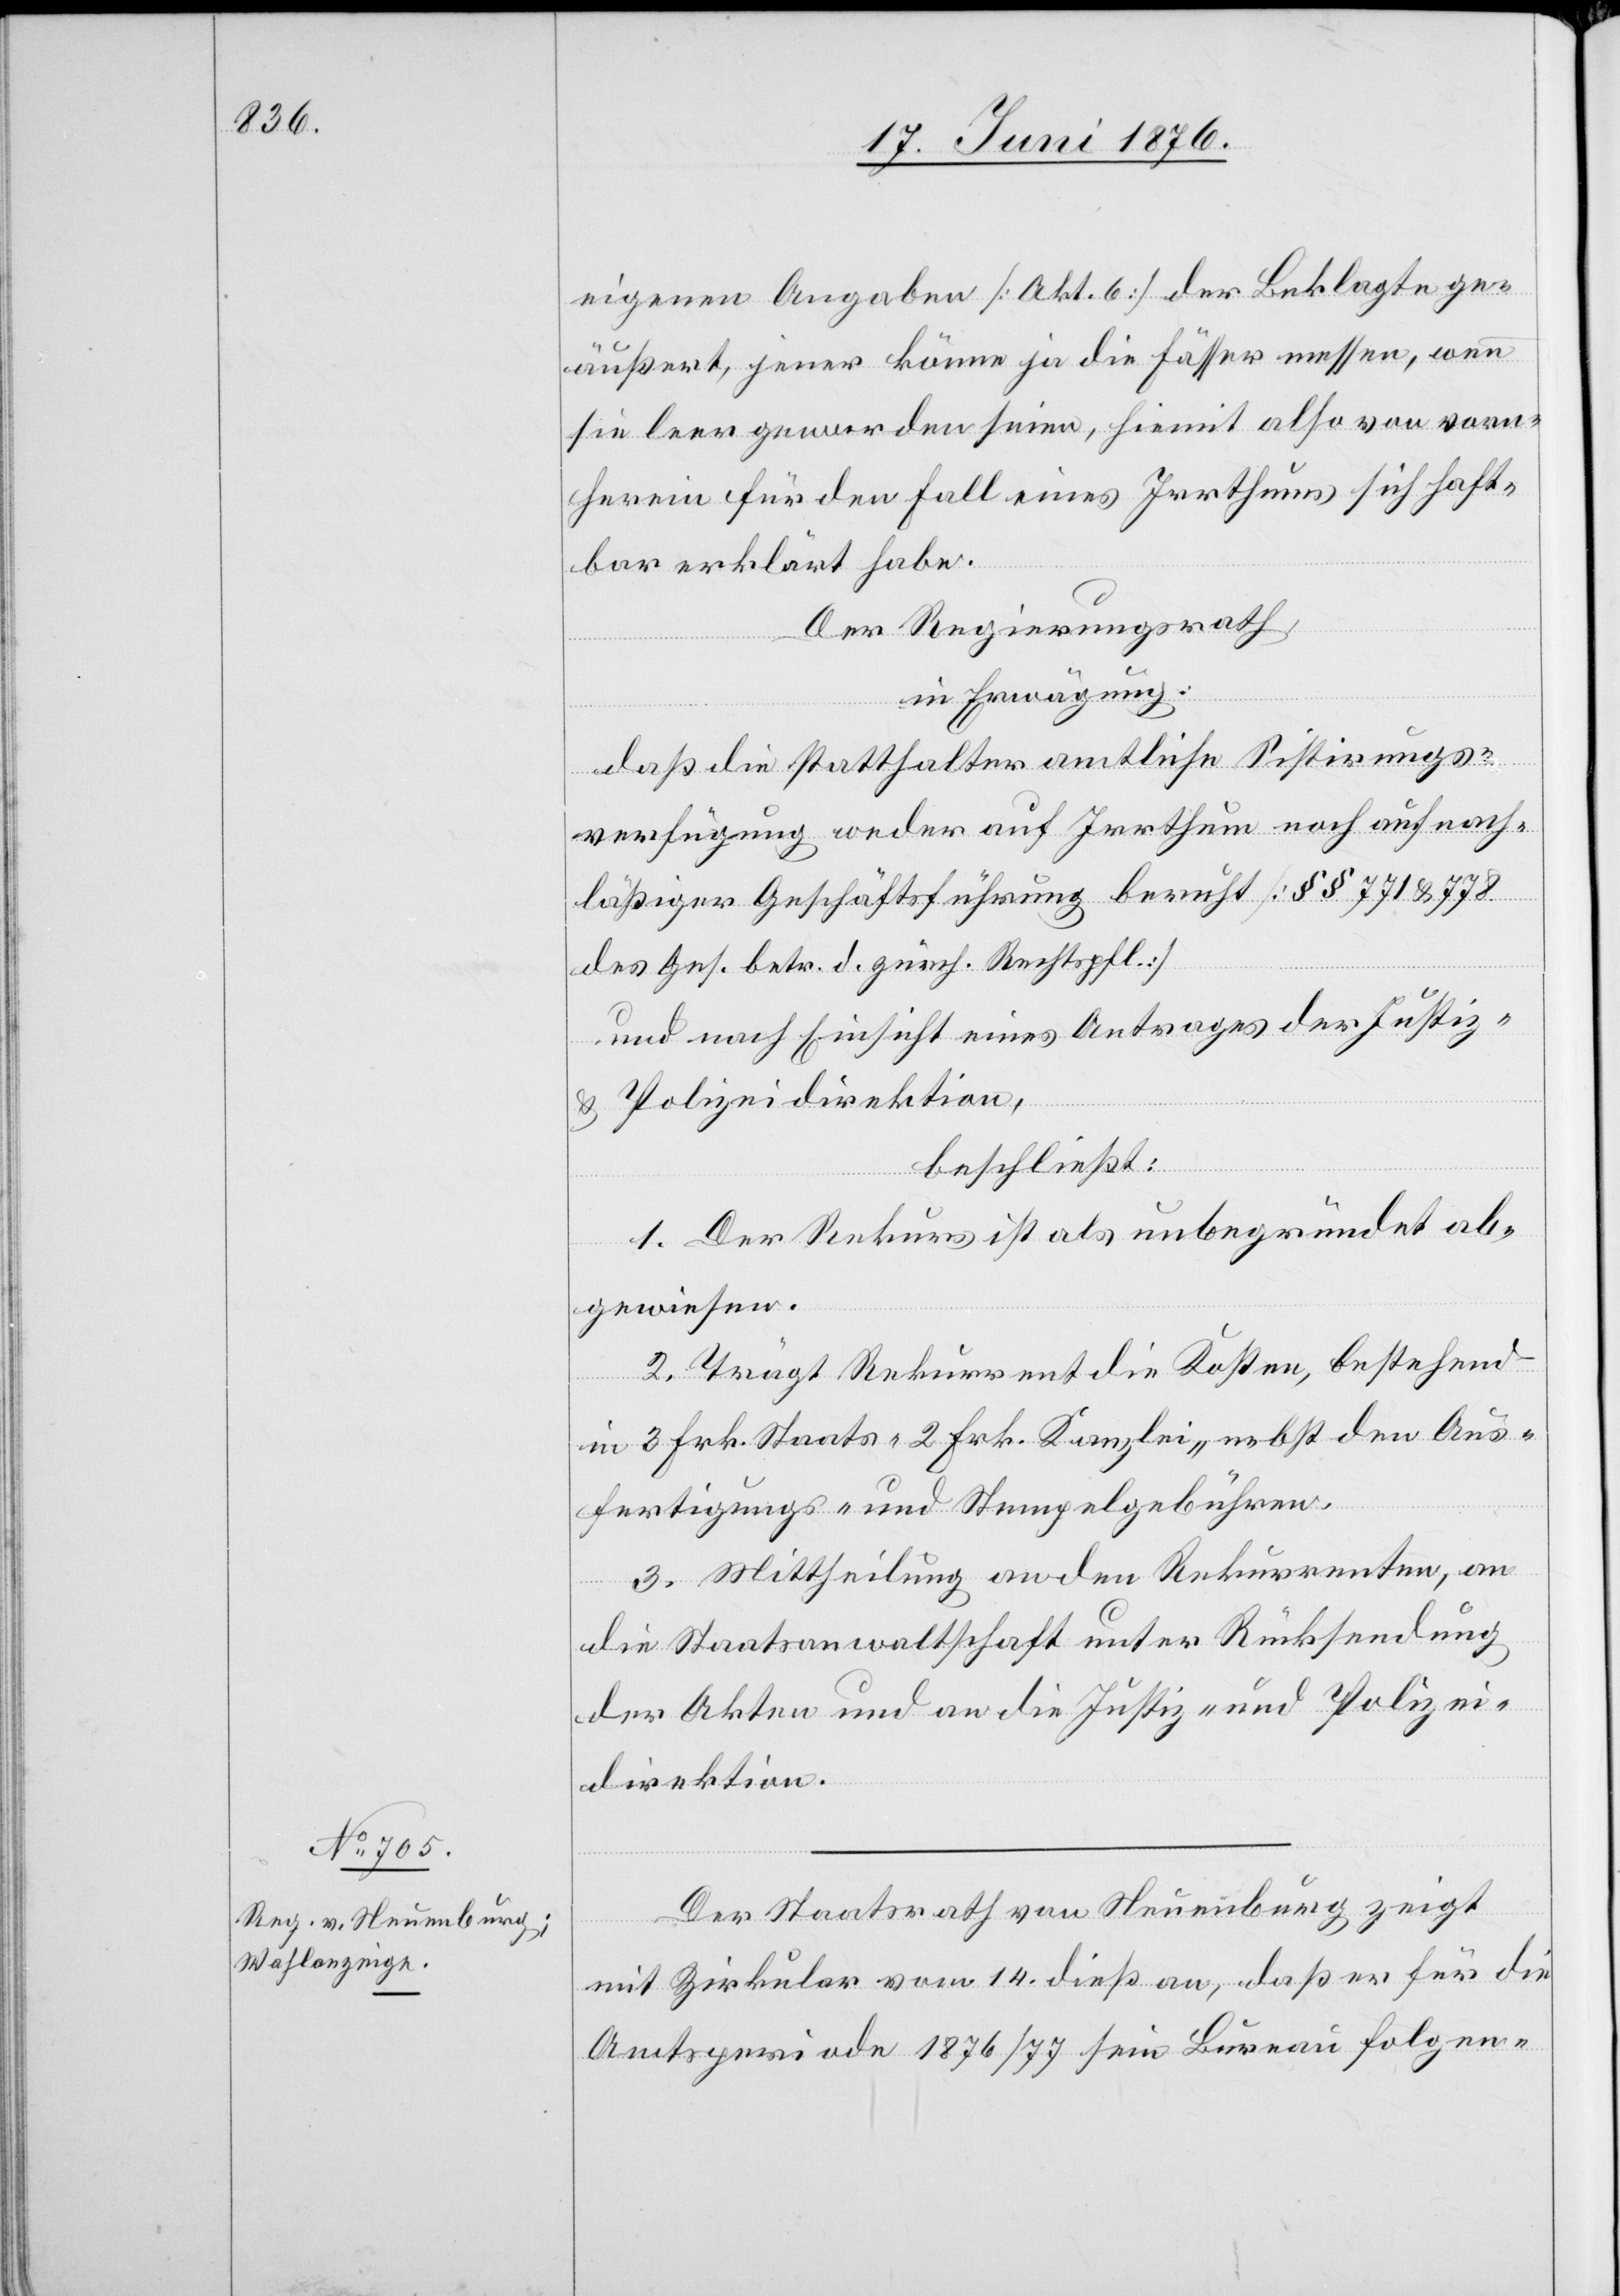
eigenen Angaben [Akt. 6] der Beklagte ge¬
äußert, jener könne ja die Fässer messen, wenn
sie leer geworden seien, hiemit also von vorn¬
herein für den Fall eines Irrthums sich haft¬
bar erklärt habe.
Der Regierungsrath,
in Erwägung:
daß die statthalteramtliche Sistirungs¬
verfügung weder auf Irrthum noch auf nach¬
läßiger Geschäftsführung beruht [§§ 771 & 778
des Ges. betr. d. zürch. Rechtspfl.]
und nach Einsicht eines Antrages der Justiz-
& Polizeidirektion,
beschließt:
1. Der Rekurs ist als unbegründet ab¬
gewiesen.
2. Trägt Rekurrent die Kosten, bestehend
in 3 Frk. Staats- 2 Frk. Kanzlei- nebst den Aus¬
fertigungs- und Stempelgebühren.
3. Mittheilung an den Rekurrenten, an
die Staatsanwaltschaft unter Rücksendung
der Akten und an die Justiz- und Polizei¬
direktion.
Der Stadtrath von Neuenburg zeigt
mit Zirkular vom 14. dieß an, daß er für die
Amtsperiode 1876/77 sein Bureau folgen-